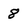
Character: 8